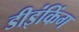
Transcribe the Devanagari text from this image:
डीइंकिंग